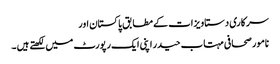
سرکاری دستاویزات کے مطابق پاکستان اور
نامور صحافی مہتاب حیدر اپنی ایک رپورٹ میں لکھتے ہیں ۔